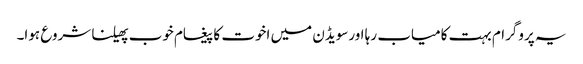
یہ پروگرام بہت کامیاب رہا اورسویڈن میں اخوت کا پیغام خوب پھیلنا شروع ہوا۔